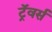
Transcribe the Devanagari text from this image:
ट्रॅवर्स